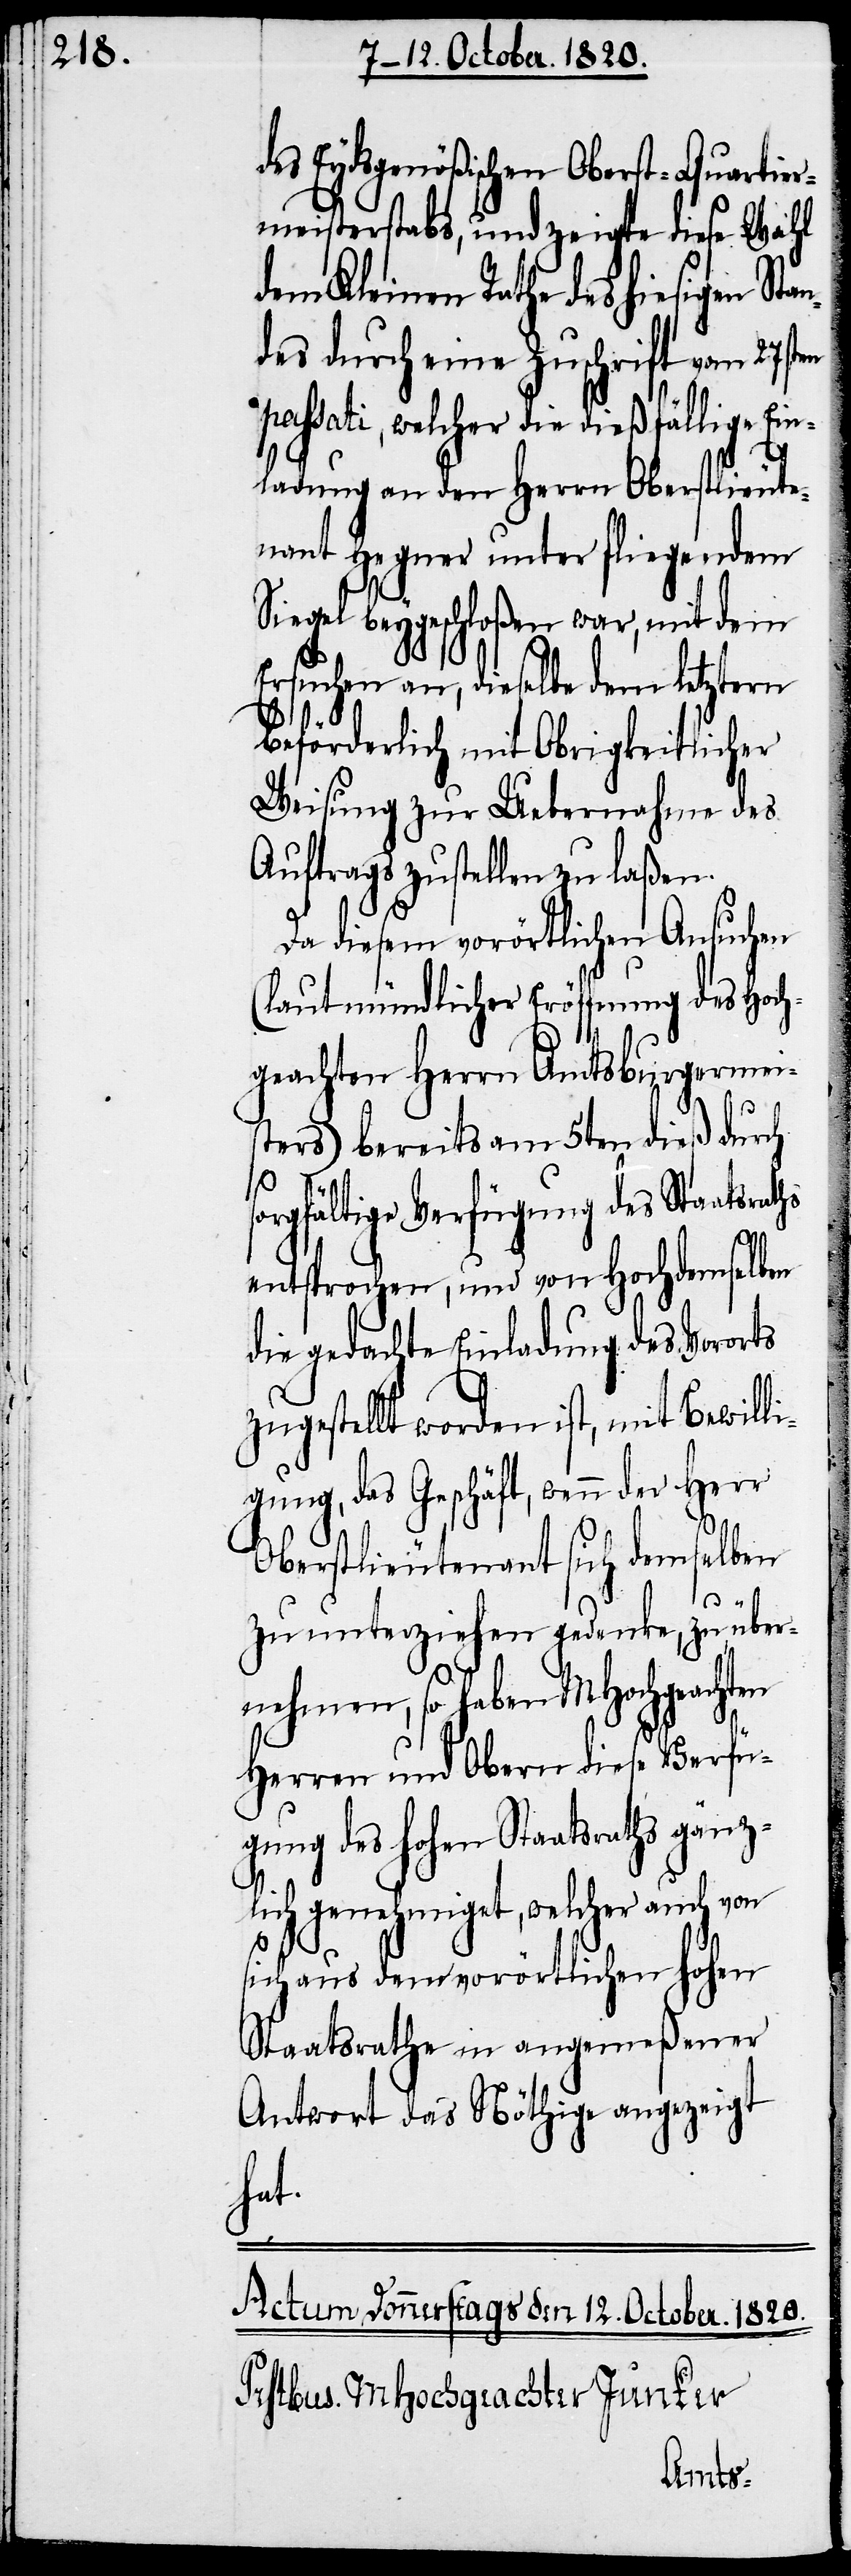
des Eydsgenößischen Oberst-Quartier¬
meisterstabs, und zeigte diese Wahl
dem Kleinen Rathe des hiesigen Stan¬
des durch eine Zuschrift vom 27sten
passati, welcher die dießfällige Ein¬
ladung an den Herrn Oberstlieute¬
nant Hegner unter fliegendem
Siegel beygeschloßen war, mit dem
Ersuchen an, dieselbe dem letztern
beförderlich mit Obrigkeitlicher
Weisung zur Uebernahme des
Auftrags zustellen zu laßen.
Da diesem vorörtlichen Ansuchen
(laut mündlicher Eröffnung des Hoch¬
geachten Herrn Amtsburgermeis¬
s¬
ters) bereits am 5ten dieß durch
orgfältige Verfügung des Staatsraths
entsprochen und von Hochdemselben
die gedachte Einladung des Vororts
zugestellt worden ist, mit Bewilli¬
gung, das Geschäft, wenn der Herr
Oberstlieutenant sich demselben
zu unterziehen gedenke, zu über¬
nehmen, so haben MHochgeachten
Herren und Obern diese Verfü¬
gung des hohen Staatsraths gänz¬
lich genehmiget, welcher auch von
sich aus dem vorörtlichen hohen
Staatsrathe in angemeßener
Antwort das Nöthige angezeigt
hat.